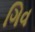
ગિવ